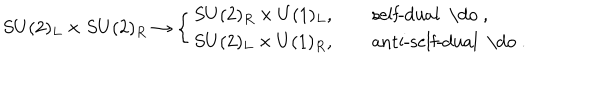
S U ( 2 ) _ { L } \times S U ( 2 ) _ { R } \rightarrow \left\{ \begin{array} { l } { { S U ( 2 ) _ { R } \times U ( 1 ) _ { L } , \qquad \mathrm { s e l f - d u a l ~ \do ~ } , } } \\ { { S U ( 2 ) _ { L } \times U ( 1 ) _ { R } , \qquad \mathrm { a n t i - s e l f - d u a l ~ \do ~ } . } } \\ \end{array} \right.